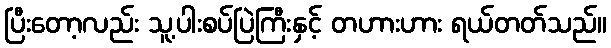
ပြီးတော့လည်း သူ့ပါးစပ်ပြဲကြီးနှင့် တဟားဟား ရယ်တတ်သည်။